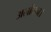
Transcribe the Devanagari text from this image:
अलांछन।